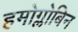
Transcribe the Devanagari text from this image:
हमोग्लोबिन